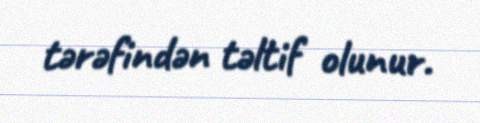
tərəfindən təltif olunur.